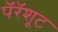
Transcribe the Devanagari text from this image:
पॅरॅशूट